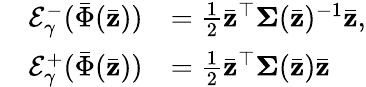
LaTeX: \begin{array}{rl}{\mathcal{E}_{\gamma}^{-}(\bar{\Phi}(\bar{\mathbf{z}}))}&{=\frac{1}{2}\bar{\mathbf{z}}^{\top}\mathbf{\Sigma}(\bar{\mathbf{z}})^{-1}\bar{\mathbf{z}},}\\ {\quad\mathcal{E}_{\gamma}^{+}(\bar{\Phi}(\bar{\mathbf{z}}))}&{=\frac{1}{2}\bar{\mathbf{z}}^{\top}\mathbf{\Sigma}(\bar{\mathbf{z}})\bar{\mathbf{z}}}\end{array}